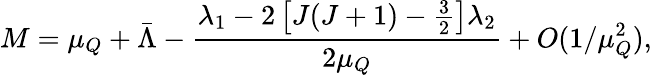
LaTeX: M=\mu_{Q}+\bar{\Lambda}-\frac{\lambda_{1}-2\left[J(J+1)-\frac 32\right]\lambda_{2}}{2\mu_{Q}}+O(1/\mu_{Q}^{2}),